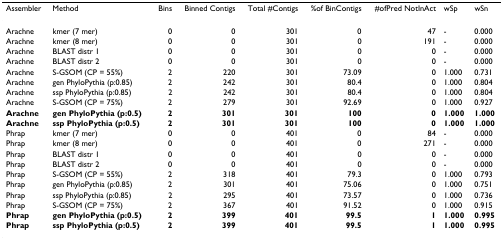
<table><thead><tr><td><b>Assembler</b></td><td><b>Method</b></td><td><b>Bins</b></td><td><b>Binned Contigs</b></td><td><b>Total #Contigs</b></td><td><b>%of BinContigs</b></td><td><b>#ofPred NotInAct</b></td><td><b>wSp</b></td><td><b>wSn</b></td></tr></thead><tbody><tr><td>Arachne</td><td>kmer (7 mer)</td><td>0</td><td>0</td><td>301</td><td>0</td><td>47</td><td>-</td><td>0.000</td></tr><tr><td>Arachne</td><td>kmer (8 mer)</td><td>0</td><td>0</td><td>301</td><td>0</td><td>191</td><td>-</td><td>0.000</td></tr><tr><td>Arachne</td><td>BLAST distr 1</td><td>0</td><td>0</td><td>301</td><td>0</td><td>0</td><td>-</td><td>0.000</td></tr><tr><td>Arachne</td><td>BLAST distr 2</td><td>0</td><td>0</td><td>301</td><td>0</td><td>0</td><td>-</td><td>0.000</td></tr><tr><td>Arachne</td><td>S-GSOM (CP = 55%)</td><td>2</td><td>220</td><td>301</td><td>73.09</td><td>0</td><td>1.000</td><td>0.731</td></tr><tr><td>Arachne</td><td>gen PhyloPythia (p:0.85)</td><td>2</td><td>242</td><td>301</td><td>80.4</td><td>0</td><td>1.000</td><td>0.804</td></tr><tr><td>Arachne</td><td>ssp PhyloPythia (p:0.85)</td><td>2</td><td>242</td><td>301</td><td>80.4</td><td>0</td><td>1.000</td><td>0.804</td></tr><tr><td>Arachne</td><td>S-GSOM (CP = 75%)</td><td>2</td><td>279</td><td>301</td><td>92.69</td><td>0</td><td>1.000</td><td>0.927</td></tr><tr><td><b>Arachne</b></td><td><b>gen PhyloPythia (p:0.5)</b></td><td><b>2</b></td><td><b>301</b></td><td><b>301</b></td><td><b>100</b></td><td><b>0</b></td><td><b>1.000</b></td><td><b>1.000</b></td></tr><tr><td><b>Arachne</b></td><td><b>ssp PhyloPythia (p:0.5)</b></td><td><b>2</b></td><td><b>301</b></td><td><b>301</b></td><td><b>100</b></td><td><b>0</b></td><td><b>1.000</b></td><td><b>1.000</b></td></tr><tr><td>Phrap</td><td>kmer (7 mer)</td><td>0</td><td>0</td><td>401</td><td>0</td><td>84</td><td>-</td><td>0.000</td></tr><tr><td>Phrap</td><td>kmer (8 mer)</td><td>0</td><td>0</td><td>401</td><td>0</td><td>271</td><td>-</td><td>0.000</td></tr><tr><td>Phrap</td><td>BLAST distr 1</td><td>0</td><td>0</td><td>401</td><td>0</td><td>0</td><td>-</td><td>0.000</td></tr><tr><td>Phrap</td><td>BLAST distr 2</td><td>0</td><td>0</td><td>401</td><td>0</td><td>0</td><td>-</td><td>0.000</td></tr><tr><td>Phrap</td><td>S-GSOM (CP = 55%)</td><td>2</td><td>318</td><td>401</td><td>79.3</td><td>0</td><td>1.000</td><td>0.793</td></tr><tr><td>Phrap</td><td>gen PhyloPythia (p:0.85)</td><td>2</td><td>301</td><td>401</td><td>75.06</td><td>0</td><td>1.000</td><td>0.751</td></tr><tr><td>Phrap</td><td>ssp PhyloPythia (p:0.85)</td><td>2</td><td>295</td><td>401</td><td>73.57</td><td>0</td><td>1.000</td><td>0.736</td></tr><tr><td>Phrap</td><td>S-GSOM (CP = 75%)</td><td>2</td><td>367</td><td>401</td><td>91.52</td><td>0</td><td>1.000</td><td>0.915</td></tr><tr><td><b>Phrap</b></td><td><b>gen PhyloPythia (p:0.5)</b></td><td><b>2</b></td><td><b>399</b></td><td><b>401</b></td><td><b>99.5</b></td><td><b>1</b></td><td><b>1.000</b></td><td><b>0.995</b></td></tr><tr><td><b>Phrap</b></td><td><b>ssp PhyloPythia (p:0.5)</b></td><td><b>2</b></td><td><b>399</b></td><td><b>401</b></td><td><b>99.5</b></td><td><b>1</b></td><td><b>1.000</b></td><td><b>0.995</b></td></tr></tbody></table>